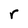
Character: r